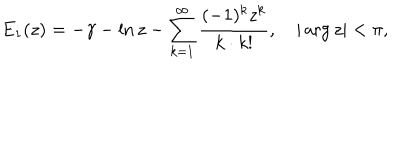
LaTeX: E _ { 1 } ( z ) = - \gamma - \ln z - \sum _ { k = 1 } ^ { \infty } \frac { ( - 1 ) ^ { k } z ^ { k } } { k \cdot k ! } , \quad | \arg z | < \pi { , }